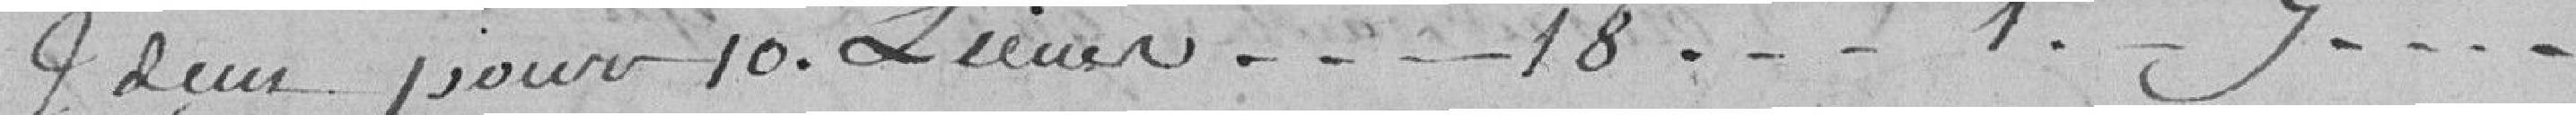
Idem pour 10 lieues....18....1..7..